Medical and sanitary report on the native army of Bombay for the year
Year: 1878
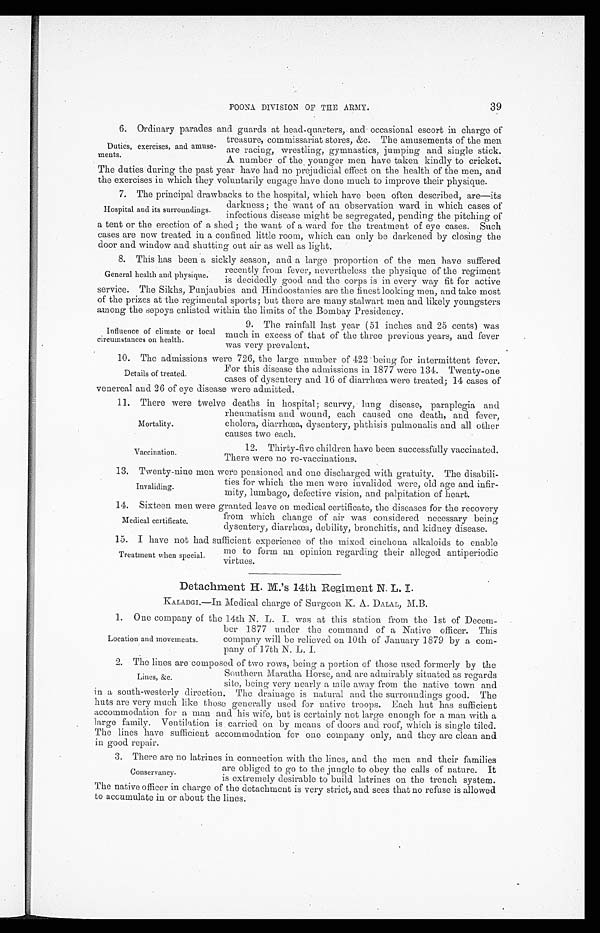
Mortality.
Vaccination.
39
POONA DIVISION OF THE ARMY.
6. Ordinary parades and guards at head - quarters, and occasional escort in charge of
Duties, exercises, and amuse-
ments.
treasure, commissariat stores, &c. The amusements of the men
are racing, wrestling, gymnastics, jumping and single stick.
A number of the younger men have taken kindly to cricket.
The duties during the past year have had no prej udicial effect on the health of the men, and
the exercises in which they voluntarily engage have done much to improve their physique.
7. The principal drawbacks to the hospital, which have been often described, are—its
Hospital and its surroundings.
darkness; the want of an observation ward in which cases of
infectious disease might be segregated, pending the pitching of
a tent or the erection of a shed ; the want of a ward for the treatment of eye cases. Such
cases are now treated in a confined little room, which can only be darkened by closing the
door and window and shutting out air as well as light.
8. This has been a sickly season, and a large proportion of the men have suffered
General health and physique.
recently from fever, nevertheless the physique of the regiment
is decidedly good and the c orns is in every way fit for active
service. The Sikhs, Punjaubies and Hindoostanies are the finest looking men, and take most
of the prizes at the regimental sports; but there are many stalwart men and likely youngsters
among the sepoys enlisted within the limits of the Bombay Presidency.
Influence of climate or local
circumstances on health.
9. The rainfall last year (51 inches and 25 cents) was
much in excess of that of the three previous years, and fever
was very prevalent.
10. The admissions were 726, the large number of 422 being for intermittent fever.
Details of treated.
For this disease the admissions in 1877 were 134. Twenty-one
cases of dysentery and 16 of diarrhea were treated; 14 cases of
venereal and 26 of eye disease were admitted.
11. There were twelve deaths in hospital; scurvy, lung disease, paraplegia and
rheumatism and wound, each caused one death, and fever,
cholera, diarrhea, dysentery, phthisis pulmonalis and all other
causes two each.
12. Thirty-five children have been successfully vaccinated.
There were no re-vaccinations.
13. Twenty-nine men were pensioned and one discharged with gratuity. The disabili-
Invaliding.
ties for which the men were invalided were, old age and infir-
mity, lumbago, defective vision, and palpitation of heart.
14. Sixteen men were granted leave on medical certificate, the diseases for the recovery
Medical certificate.
from which change of air was considered necessary being
dysentery, diarrhoea, debility, bronchitis, and kidney disease.
15. I have not had sufficient experience of the mixed cinchona alkaloids to enable
me to form an opinion regarding their alleged antiperiodic
virtues.
Treatment when special.
Detachment H. M.'s 14th Regiment N. L. I.
KALADGI.—In Medical charge of Surgeon K. A. DALAL, M.B.
1. One company of the 14th N. L. I. was at this station from the 1st of Decem-
Location and movements.
ber 1877 under the command of a Native officer. This
company will be relieved on 10th of January 1879 by a com-
pany of 1 7th N. L. I.
2. The lines are composed of two rows. being a portion of those used formerly by the
Lines, &c.
Southern Maratha Horse, and are admirably situated as regards
site. being very nearly a mile away from the native town and
in a south-westerly direction. The drainage is natural and the surroundings good. The
huts are very much like those generally used for native troops. Each hut has sufficient
accommodation for a man and his wife, but is certainly not large enough for a mail with a
large family. Ventilation is carried on by means of doors and roof, which is single tiled.
The lines have sufficient accommodation for one company only, and they are clean and
in good repair.
3. There are no latrines in connection with the lines, and the men and their families
Conservancy.
are obliged to go to the jungle to obey the calls of nature. It
is extremely desirable to build latrines on the trench system.
The native officer in charge of the detachment is very strict, and sees that no refuse is allowed
to accumulate in or about the lines.